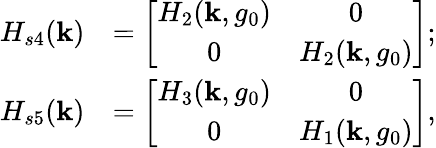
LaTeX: \begin{array}{rl}{H_{s4}({\mathbf k})}&{=\left[\begin{array}{cc}{H_{2}({\mathbf k},g_{0})}&{0}\\ {0}&{H_{2}({\mathbf k},g_{0})}\end{array}\right];}\\ {H_{s5}({\mathbf k})}&{=\left[\begin{array}{cc}{H_{3}({\mathbf k},g_{0})}&{0}\\ {0}&{H_{1}({\mathbf k},g_{0})}\end{array}\right],}\end{array}